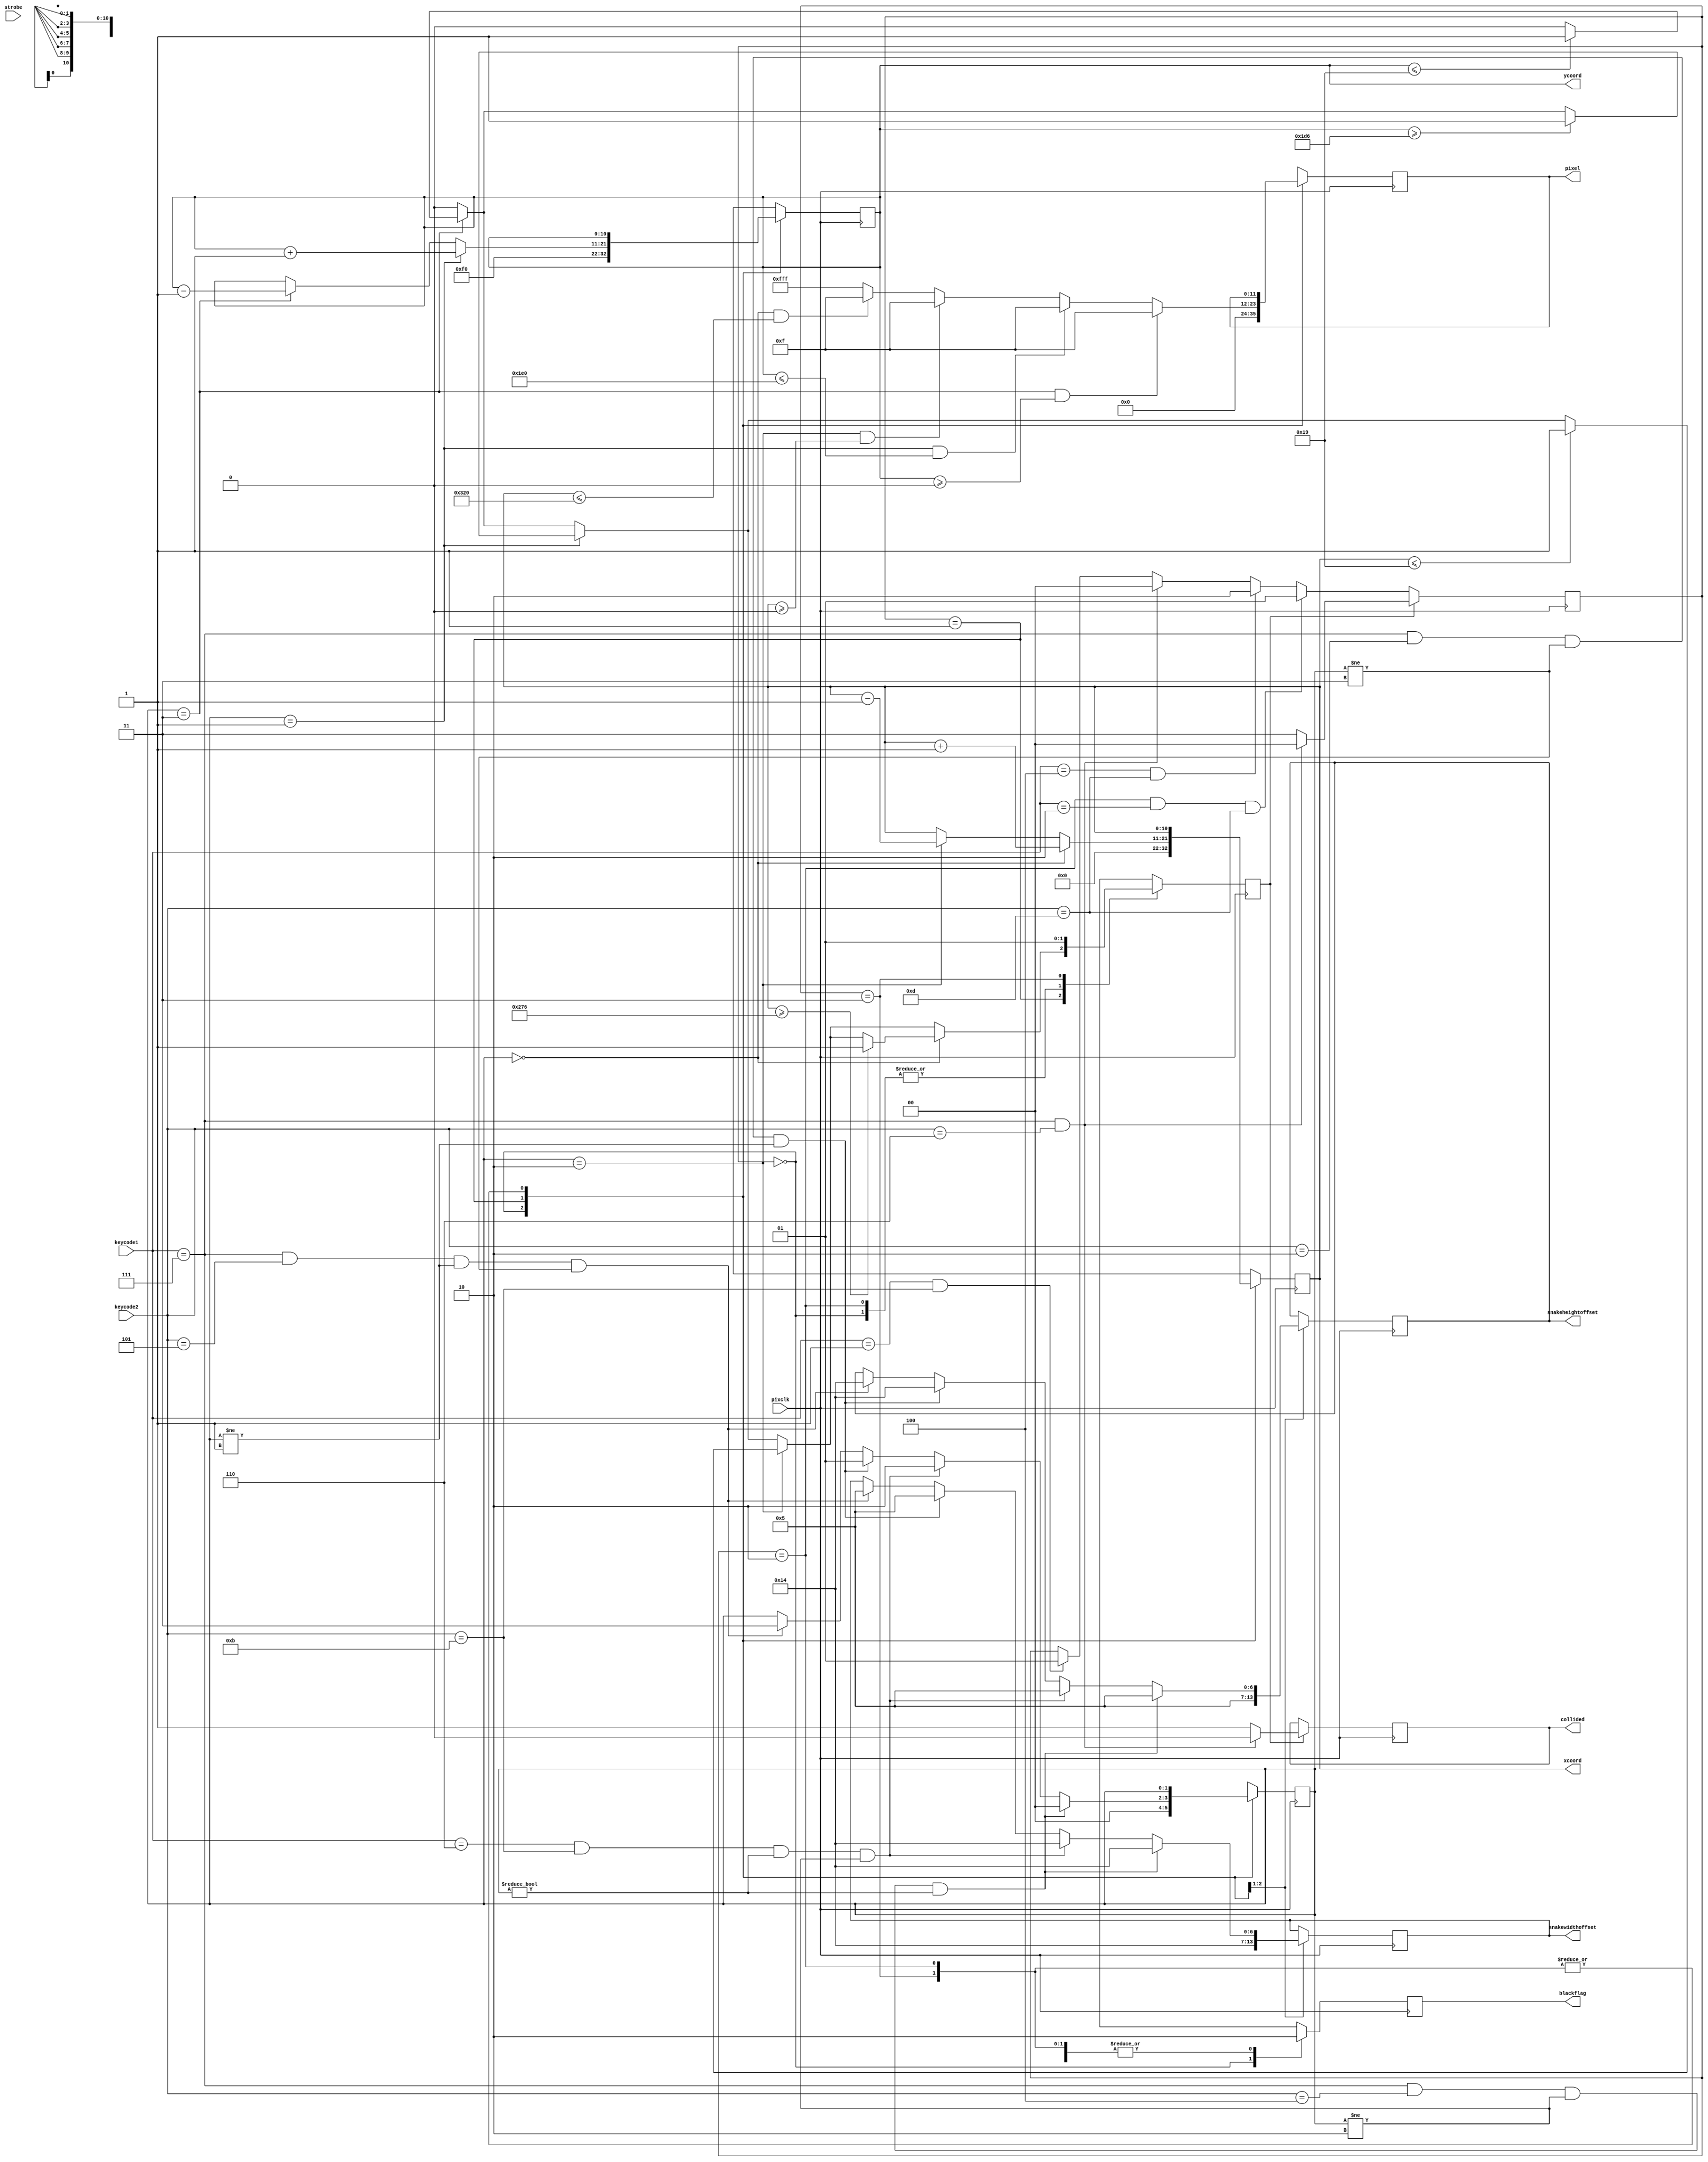
module snakeControl(keycode1,keycode2,strobe,pixclk,pixel,xcoord,ycoord,snakeheightoffset,snakewidthoffset,blackflag,collided);
input [3:0]keycode1;
input [3:0]keycode2;
input strobe;
input pixclk;
output reg [11:0]pixel;
output reg [10:0]xcoord;
output reg [10:0]ycoord;
output reg [6:0]snakeheightoffset;
output reg [6:0]snakewidthoffset;
output reg blackflag;
output reg collided;

reg [6:0]length; //in case we want to expand length, make larger 40 is 0101000
reg [6:0]width;  //10 is 01010
reg [6:0]vertical;
reg [6:0]horizontal;
reg [1:0]snakedirection; //00=right, 01=down, 10=left, 11=up
reg [1:0]gamestate; //state for features
reg collision;

initial
begin  
  collided=0;
  collision=0;
  blackflag=1;
  gamestate=2'b00;
  snakeheightoffset=7'b0000000;
  snakewidthoffset= 7'b0000000;
  snakedirection=2'b00;
  xcoord=11'b00000000000;
  ycoord=11'b00011110000; //240 px halfway down screen
end

always@(posedge pixclk)
begin
if((keycode1==4'b0001)&&(keycode2==4'b1011))
    begin
       gamestate<=2'b01;
    end
if((keycode1==4'b0111)&&(keycode2==4'b0110))
    begin
       gamestate<=2'b00;
    end
if((keycode1==4'b0100)&&(keycode2==4'b1101))
    begin
       gamestate<=2'b10;
    end    
if((gamestate==2'b10)&&(keycode1==4'b0010)&&(keycode2==4'b1101))
    begin
        gamestate<=2'b01;
    end    
if((collision==1))//&&(keycode1!=4'b0111)&&(keycode2!=4'b0110))
    if((keycode1==4'b0111)&&(keycode2==4'b0110))
    begin
        collided<=0;
        gamestate<=2'b00;
    end
    else    
    begin
        collided<=1;
        gamestate<=2'b11;
    end            
case(gamestate)

0:begin
    collision<=0;
    blackflag<=1;
    snakedirection<=2'b00;
    snakeheightoffset<=5;
    snakewidthoffset<=20;
    xcoord=11'b00000000000;
    ycoord=11'b00011110000;
    pixel=12'b000000000000;
  end
1:begin 
  collision<=0;   
  blackflag<=0;
  if((keycode1==4'b0111)&&(keycode2==4'b0101)&&(snakedirection!=2'b01)&&(snakedirection!=2'b11))//up
    begin
      snakedirection<=2'b11;                                           //update direction
      snakeheightoffset<=20;
      snakewidthoffset<=5;
    end
  if((keycode1==4'b0111)&&(keycode2==4'b0010)&&(snakedirection!=2'b11)&&(snakedirection!=2'b01))//down
    begin
      snakedirection<=2'b01;
      snakeheightoffset<=20;
      snakewidthoffset<=5;
    end
  if((keycode1==4'b0110)&&(keycode2==4'b1011)&&(snakedirection!=2'b00)&&(snakedirection!=2'b10))//left
    begin
      snakedirection<=2'b10;
      snakeheightoffset<=5;
      snakewidthoffset<=20;
    end
  if((keycode1==4'b0111)&&(keycode2==4'b0100)&&(snakedirection!=2'b10)&&(snakedirection!=2'b00))//right
    begin
      snakedirection<=2'b00;
      snakeheightoffset<=5;
      snakewidthoffset<=20;
    end
///above was to update position, below is to update the coordinates and the pixel
  if(snakedirection==2'b11) //up
    begin
      ycoord<=ycoord-1;
      if(ycoord<=25)
      begin
       collision<=1;
      end
    end
  if(snakedirection==2'b01) //down
    begin
      ycoord<=ycoord+1;
      if(ycoord>=470)
      begin
        collision<=1;
      end
    end
  if(snakedirection==2'b10) //left
    begin
      xcoord<=xcoord-1;
      if(xcoord<=25) 
      begin
        collision<=1;
      end
    end
  if(snakedirection==2'b00) //right
    begin
      xcoord<=xcoord+1;
      if(xcoord>=630) //was 640
      begin
       collision<=1;
      end
    end
////now for pixel color
  if((snakedirection==2'b11)&&(ycoord>=0)) //up
    begin
      pixel<=12'b000000001111;            //blue
    end
  else if((snakedirection==2'b01)&&(ycoord<=480)) //down
    begin
      pixel<=12'b000000001111;            //blue
    end
  else if((snakedirection==2'b10)&&(xcoord>=0)) //left
    begin
      pixel<=12'b000000001111;            //blue
    end
  else if((snakedirection==2'b00)&&(xcoord<=800)) //right
    begin
      pixel<=12'b000000001111;            //blue
    end
  else
    begin
        pixel<=12'b111111111111;          //white
    end
end
2:begin
    collision<=0;
    blackflag<=0;
    snakedirection=snakedirection;
    snakeheightoffset<=snakeheightoffset;
    snakewidthoffset<=snakewidthoffset;
    xcoord<=xcoord;
    ycoord<=ycoord;
    pixel<=pixel;
  end
3:begin
    collision<=1;
    blackflag<=0;
    snakedirection=snakedirection;
    snakeheightoffset<=snakeheightoffset;
    snakewidthoffset<=snakewidthoffset;
    xcoord<=xcoord;
    ycoord<=ycoord;
    pixel<=pixel;
  end  

endcase

end

endmodule